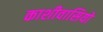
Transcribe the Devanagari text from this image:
काशीवासियो